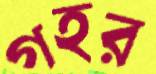
গহর